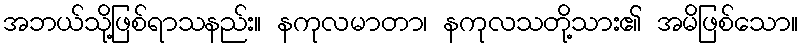
အဘယ်သို့ဖြစ်ရာသနည်း။ နကုလမာတာ၊ နကုလသတို့သား၏ အမိဖြစ်သော။